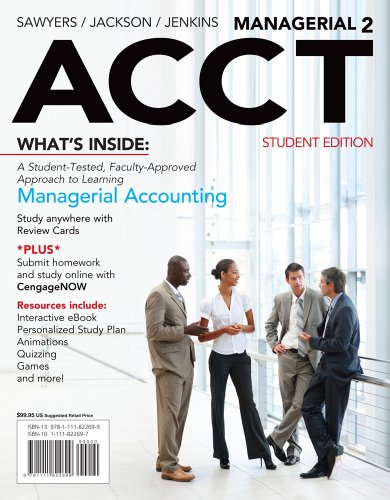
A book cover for Managerial ACCT2 (with CengageNOW with eBook Printed Access Card); Roby Sawyers; Business & Money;